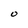
Character: O